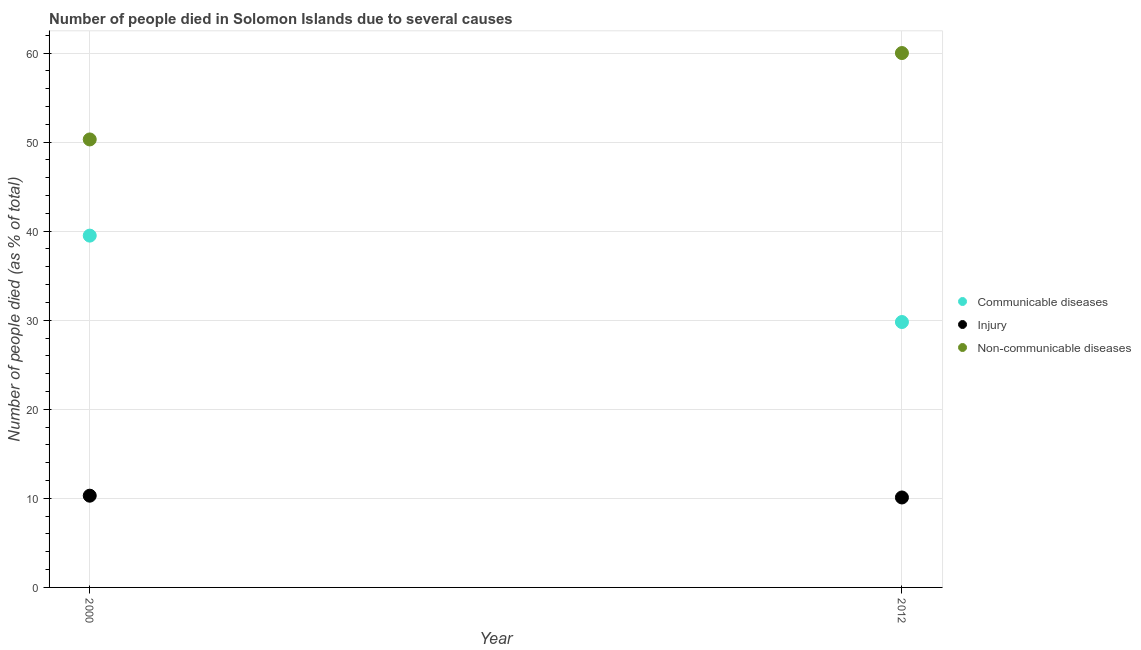
| Year | Communicable diseases | Injury | Non-communicable diseases |
 | --- | --- | --- | --- |
 | 2000 | 39.5 | 10.3 | 50.3 |
 | 2012 | 29.8 | 10.1 | 60 |